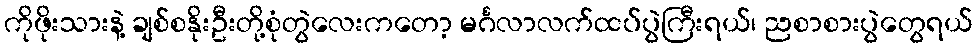
ကိုဖိုးသားနဲ့ ချစ်စနိုးဦးတို့စုံတွဲလေးကတော့ မင်္ဂလာလက်ထပ်ပွဲကြီးရယ်၊ ညစာစားပွဲတွေရယ်